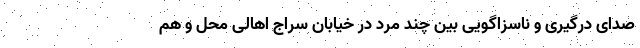
صدای درگیری و ناسزاگویی بین چند مرد در خیابان سراج اهالی محل و هم